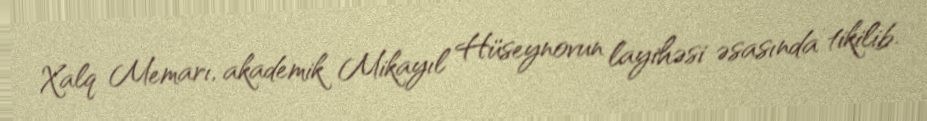
Xalq Memarı, akademik Mikayıl Hüseynovun layihəsi əsasında tikilib.